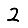
Digit: 2